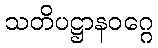
သတိပဋ္ဌာနဝဂ္ဂေ